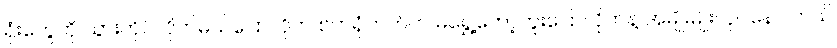
ရုံးတွေကို သွားတိုင်လိုက်မယ်ပြောလိုက် စက်ရုံဘက်က မရွှေ့တော့ဘူးပြောလိုက်နဲ့ အမျိုးမျိုးလုပ်နေပါတယ်